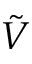
\tilde { V }